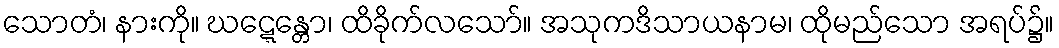
သောတံ၊ နားကို။ ဃဋ္ဋေန္တော၊ ထိခိုက်လသော်။ အသုကဒိသာယနာမ၊ ထိုမည်သော အရပ်၌။